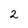
Character: 2